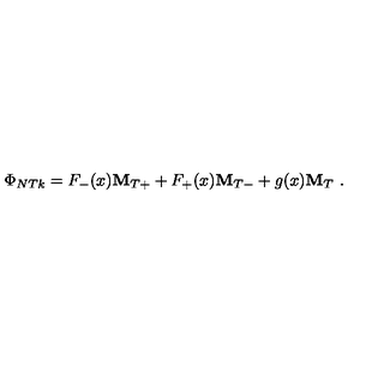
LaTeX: \Phi _ { N T k } = F _ { - } ( x ) { \bf M } _ { T + } + F _ { + } ( x ) { \bf M } _ { T - } + g ( x ) { \bf M } _ { T } \ .